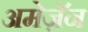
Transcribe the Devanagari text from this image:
अमेज़ॅन